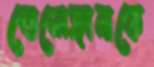
তেলেঙ্গানাকে